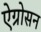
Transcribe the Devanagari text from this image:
ऐग्रोसन